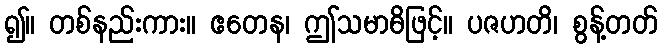
၍။ တစ်နည်းကား။ ဧတေန၊ ဤသမာဓိဖြင့်။ ပဇဟတိ၊ စွန့်တတ်